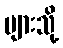
များသို့